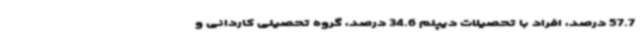
57.7 درصد، افراد با تحصیلات دیپلم 34.6 درصد، گروه تحصیلی کاردانی و